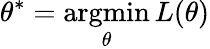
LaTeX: \theta^{*}=\operatorname*{argmin}_{\theta}L(\theta)